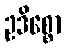
ဥဒိစ္စော